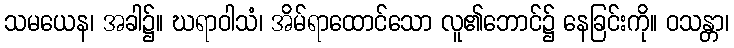
သမယေန၊ အခါ၌။ ဃရာဝါသံ၊ အိမ်ရာထောင်သော လူ၏ဘောင်၌ နေခြင်းကို။ ဝသန္တာ၊